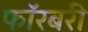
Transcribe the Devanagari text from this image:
फॉरबरी